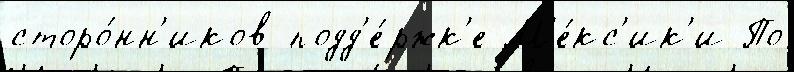
сторо́нн'иков подд'е́ржк'е М'е́кс'ик'и По